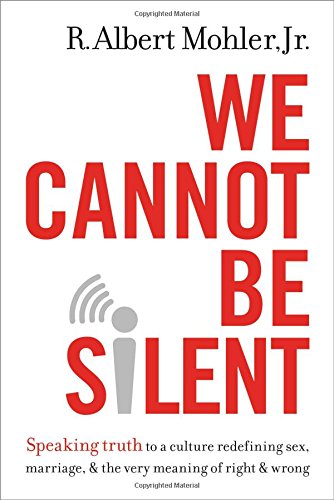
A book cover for We Cannot Be Silent: Speaking Truth to a Culture Redefining Sex, Marriage, and the Very Meaning of Right and Wrong; R. Albert Mohler  Jr.; Christian Books & Bibles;